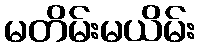
မတိမ်းမယိမ်း